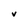
Character: v